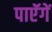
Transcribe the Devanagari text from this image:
पाएॅगें